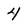
Character: 4